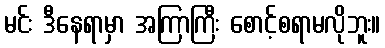
မင်း ဒီနေရာမှာ အကြာကြီး စောင့်စရာမလိုဘူး။